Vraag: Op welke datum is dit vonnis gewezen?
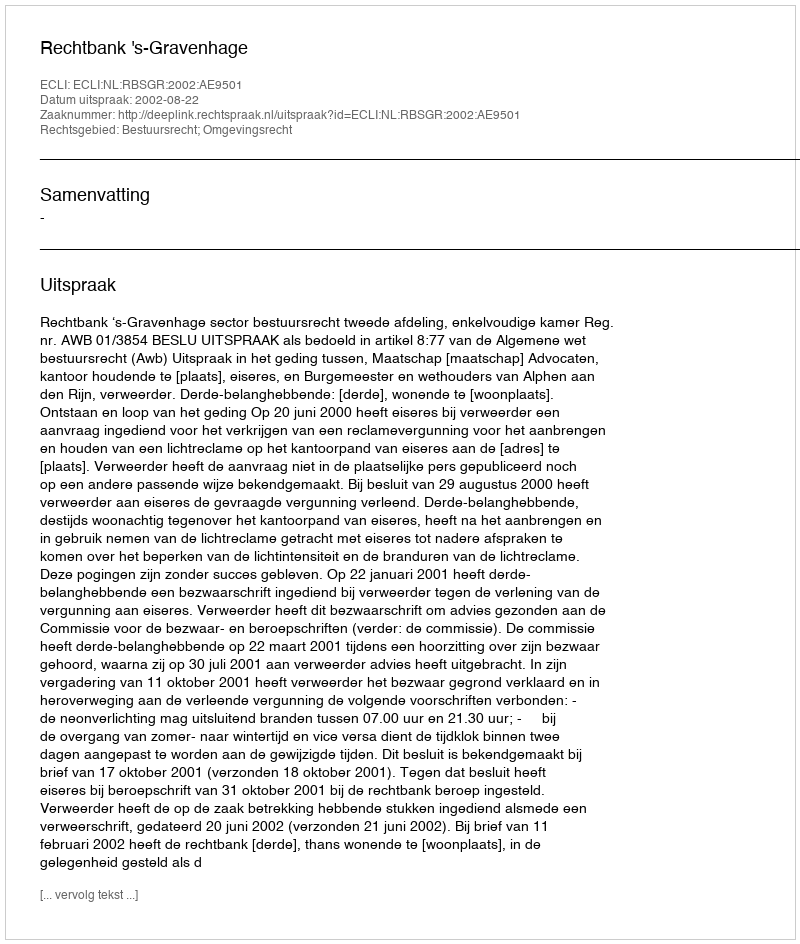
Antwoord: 2002-08-22